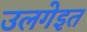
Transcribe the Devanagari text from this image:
उलगेइत